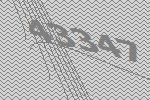
43347